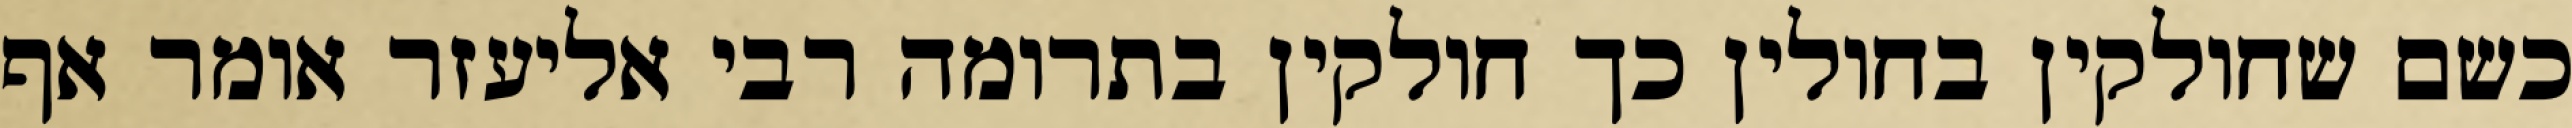
כשם שחולקין בחולין כך חולקין בתרומה רבי אליעזר אומר אף